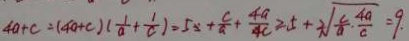
4 a + c = ( 4 a + c ) ( \frac { 1 } { a } + \frac { 1 } { c } ) = 5 x + \frac { c } { a } + \frac { 4 a } { 4 c } \geq 5 + \sqrt [ 2 ] { \frac { c } { a } \cdot \frac { 4 a } { c } } = 9 .